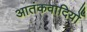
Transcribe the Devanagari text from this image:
आतंकवादियोँ